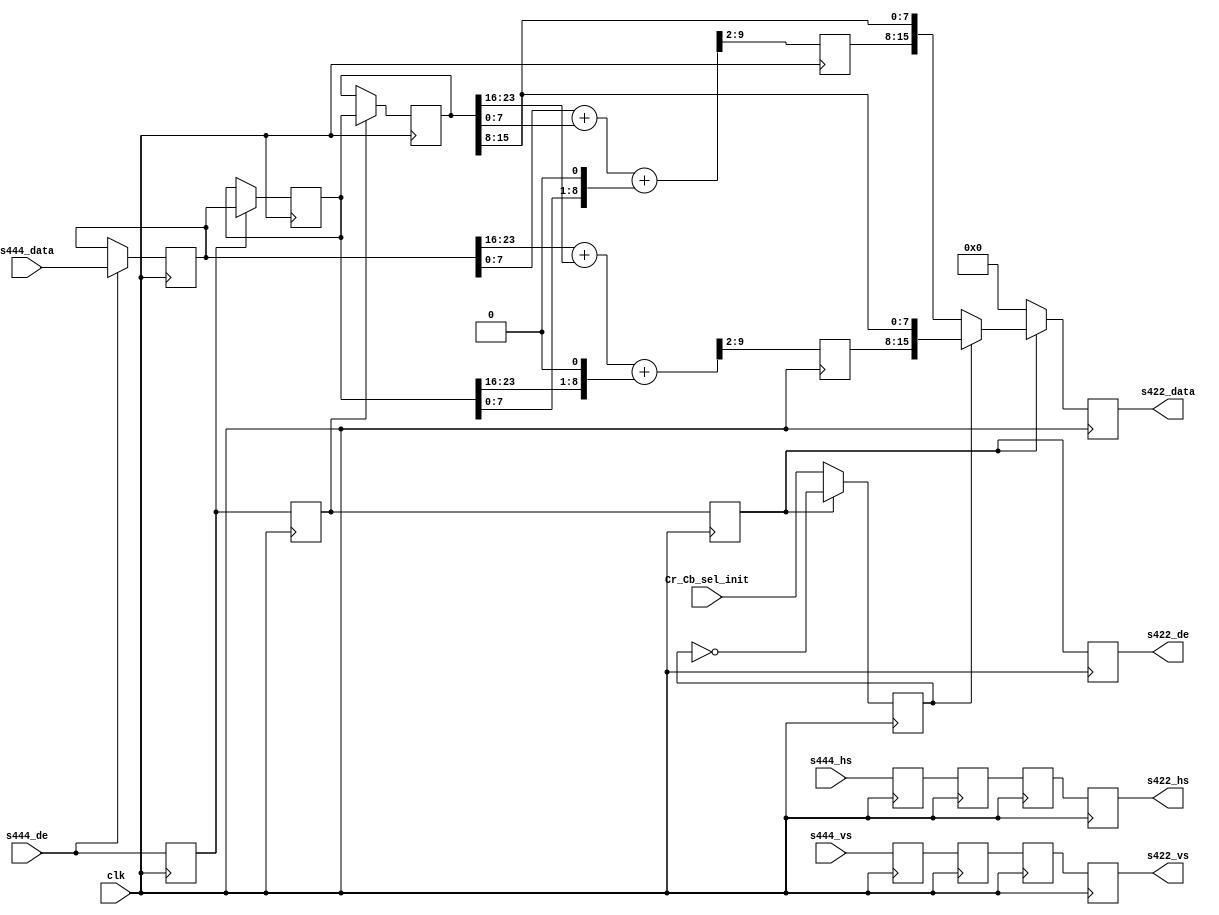
module cf_ss_444to422 (
  clk,
  s444_vs,
  s444_hs,
  s444_de,
  s444_data,
  s422_vs,
  s422_hs,
  s422_de,
  s422_data,
  Cr_Cb_sel_init);
  input           clk;
  input           s444_vs;
  input           s444_hs;
  input           s444_de;
  input   [23:0]  s444_data;
  output          s422_vs;
  output          s422_hs;
  output          s422_de;
  output  [15:0]  s422_data;
  input           Cr_Cb_sel_init;
  reg             s444_vs_d = 'd0;
  reg             s444_hs_d = 'd0;
  reg             s444_de_d = 'd0;
  reg     [23:0]  s444_data_d = 'd0;
  reg             s444_vs_2d = 'd0;
  reg             s444_hs_2d = 'd0;
  reg             s444_de_2d = 'd0;
  reg     [23:0]  s444_data_2d = 'd0;
  reg             s444_vs_3d = 'd0;
  reg             s444_hs_3d = 'd0;
  reg             s444_de_3d = 'd0;
  reg     [23:0]  s444_data_3d = 'd0;
  reg     [ 7:0]  Cr = 'd0;
  reg     [ 7:0]  Cb = 'd0;
  reg             Cr_Cb_sel = 'd0;
  reg             s422_vs = 'd0;
  reg             s422_hs = 'd0;
  reg             s422_de = 'd0;
  reg     [15:0]  s422_data = 'd0;
  wire    [23:0]  s444_data_s;
  wire    [23:0]  s444_data_d_s;
  wire    [23:0]  s444_data_2d_s;
  wire    [ 9:0]  Cr_s;
  wire    [ 9:0]  Cb_s;
  assign s444_data_s = (s444_de == 1'b1) ? s444_data : s444_data_d;
  assign s444_data_d_s = (s444_de_d == 1'b1) ? s444_data_d : s444_data_2d;
  assign s444_data_2d_s = (s444_de_2d == 1'b1) ? s444_data_2d : s444_data_3d;
  always @(posedge clk) begin
    s444_vs_d <= s444_vs;
    s444_hs_d <= s444_hs;
    s444_de_d <= s444_de;
    s444_data_d <= s444_data_s;
    s444_vs_2d <= s444_vs_d;
    s444_hs_2d <= s444_hs_d;
    s444_de_2d <= s444_de_d;
    s444_data_2d <= s444_data_d_s;
    s444_vs_3d <= s444_vs_2d;
    s444_hs_3d <= s444_hs_2d;
    s444_de_3d <= s444_de_2d;
    s444_data_3d <= s444_data_2d_s;
  end
  assign Cr_s = {2'd0, s444_data_d[23:16]} + {2'd0, s444_data_3d[23:16]} +
    {1'd0, s444_data_2d[23:16], 1'd0};
  assign Cb_s = {2'd0, s444_data_d[7:0]} + {2'd0, s444_data_3d[7:0]} +
    {1'd0, s444_data_2d[7:0], 1'd0};
  always @(posedge clk) begin
    Cr <= Cr_s[9:2];
    Cb <= Cb_s[9:2];
    if (s444_de_3d == 1'b1) begin
      Cr_Cb_sel <= ~Cr_Cb_sel;
    end else begin
      Cr_Cb_sel <= Cr_Cb_sel_init;
    end
  end
  always @(posedge clk) begin
    s422_vs <= s444_vs_3d;
    s422_hs <= s444_hs_3d;
    s422_de <= s444_de_3d;
    if (s444_de_3d == 1'b0) begin
      s422_data <= 'd0;
    end else if (Cr_Cb_sel == 1'b1) begin
      s422_data <= {Cr, s444_data_3d[15:8]};
    end else begin
      s422_data <= {Cb, s444_data_3d[15:8]};
    end
  end
endmodule